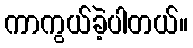
ကာကွယ်ခဲ့ပါတယ်။